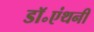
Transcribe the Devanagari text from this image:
डॉ॰एंथनी